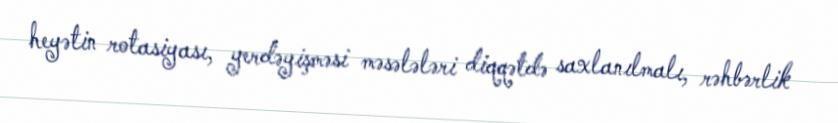
heyətin rotasiyası, yerdəyişməsi məsələləri diqqətdə saxlanılmalı, rəhbərlik